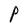
Character: P